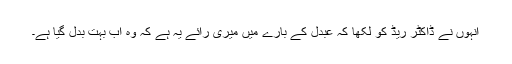
انہوں نے ڈاکٹر ریڈ کو لکھا کہ عبدل کے بارے میں میری رائے یہ ہے کہ وہ اب بہت بدل گیا ہے۔